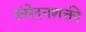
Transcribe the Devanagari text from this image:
संवेदनशक्ती